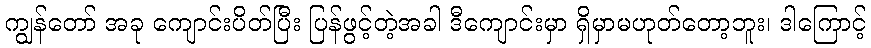
ကျွန်တော် အခု ကျောင်းပိတ်ပြီး ပြန်ဖွင့်တဲ့အခါ ဒီကျောင်းမှာ ရှိမှာမဟုတ်တော့ဘူး၊ ဒါကြောင့်